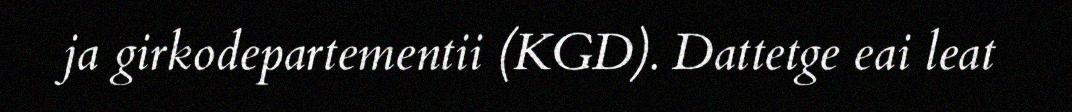
ja girkodepartementii (KGD). Dattetge eai leat